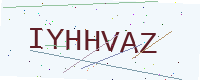
Text: IYHHVAZ